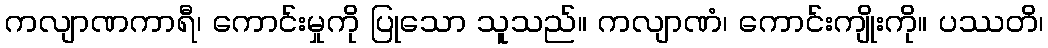
ကလျာဏကာရီ၊ ကောင်းမှုကို ပြုသော သူသည်။ ကလျာဏံ၊ ကောင်းကျိုးကို။ ပဿတိ၊